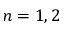
n = 1 , 2